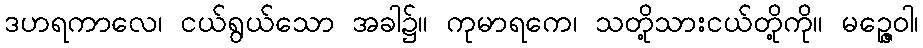
ဒဟရကာလေ၊ ငယ်ရွယ်သော အခါ၌။ ကုမာရကေ၊ သတို့သားငယ်တို့ကို။ မဉ္ဇေဝါ၊